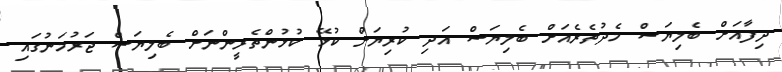
ދިފާއަށް ބެލިޔަސް މެދުތެރެއަށް ބެލިޔަސް އަދި ކުރިޔަށް ކުޅޭ ކުޅުންތެރީންނަށް ބެލިޔަސް ޖަރުމަނުގައި